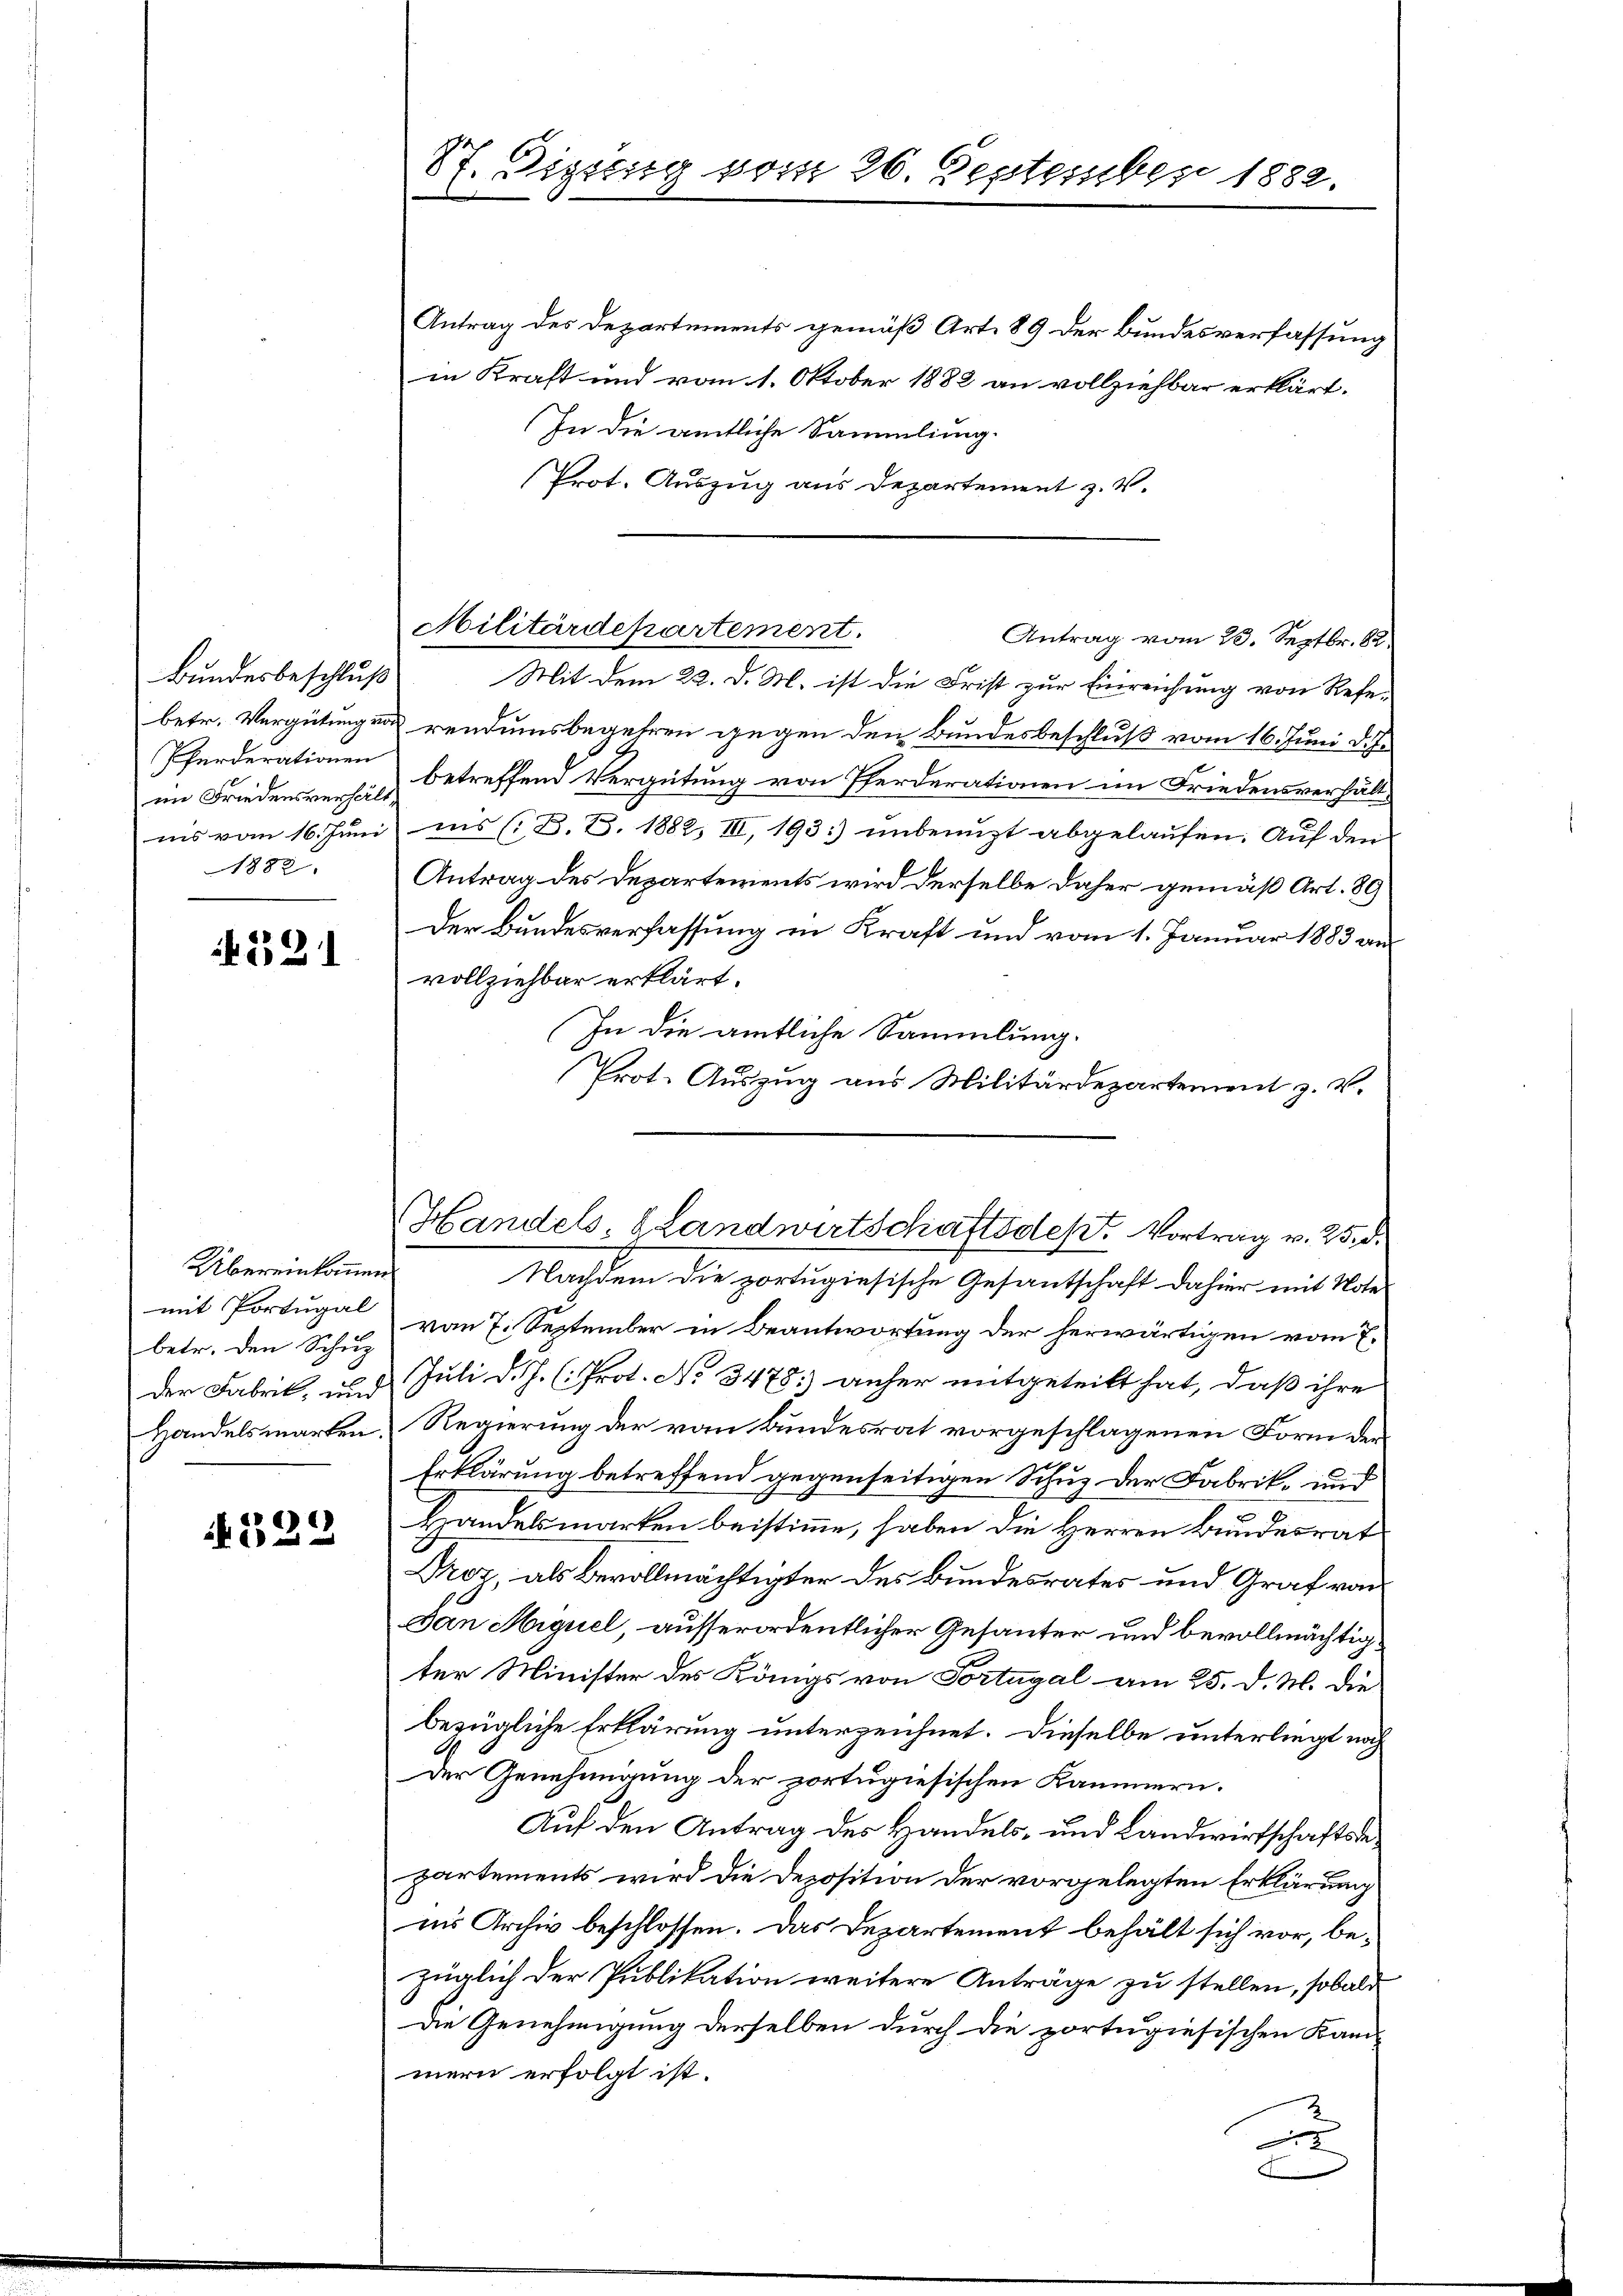
Bundesbeschluß
betr. Vergütung von
Pferderationen
in Friedensverhältins vom 16. Juni
1882.

if. 221

Übereinkommen
mit Portugal
betr. den Schup
der Fabrik, und
Handelsmarken.

522

87. Digung vom 26. September 1882.

Antrag des Departements gemäß Art. 89 der Bundesverfassung
in Kraft und vom 1. Oktober 1882 an vollziehbar erklärt.
In die amtliche Sammlung.
Prot. Auszug aus Departement z. V.
Mit dem 22. d. M. ist die Frist zur Einreichung von Referendumsbegehren gegen den Bundesbeschluß vom 16. Juni d. J.
betreffend Vergütung von Pferderationen im Friedensverhält
ins (: B. Z. 1882, III, 193: unbenuzt abgelaufen. Auf den
Antrag des Departements wird derselbe daher gemäß Art. 89
Der Bundesverfassung in Kraft und vom 1. Januar 1883 an
vollziehbar erklärt.
In die amtliche Sammlung.
Prot. Auszug aus Militärdepartement z. B.
Nachdem die portugiesische Gesantschaft dahier mit Note
von 7. September in Beantwortung der herwärtigen vom 7.
Juli d. J. (Prot. No 3478. anher mitgeteilt hat, daß ihre
Regierung der vom Bundesrat vorgeschlagenen Form der
Erklärung betreffend gegenseitigen Schuz der Fabrik- und
Handelsmarken beistimme, haben die Herren Bundesrat
roz, als Bevollmächtigter des Bundesrates und Graf von
Dan Higuel, ausserordentlicher Gesanter und bevollmächtigter Minister des Königs von Portugal am 25. d. M. die
bezügliche Erklärung unterzeichnet. Dieselbe unterliegt noch
Der Genehmigung der portugiesischen Kammern.
Auf den Antrag des Handels- und Landwirtschaftsbepartements wird die Deposition der vorgelegten Erklärung
ins Archiv beschlossen. Das Departement behält sich vor, bezüglich der Publikation weitere Anträge zu stellen, sobald
Die Genehmigung derselben durch die portugiesischen Kammern erfolgt ist.
A

Militärdepartement.
Antrag vom 23. Septbr. 82.

Handels- Landwirtschaftsdest. Vortrag v. 25. d.